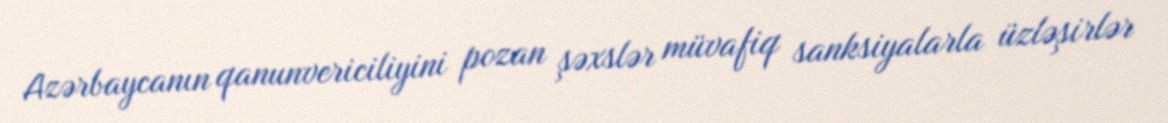
Azərbaycanın qanunvericiliyini pozan şəxslər müvafiq sanksiyalarla üzləşirlər